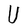
Character: U